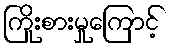
ကြိုးစားမှုကြောင့်